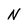
Character: N